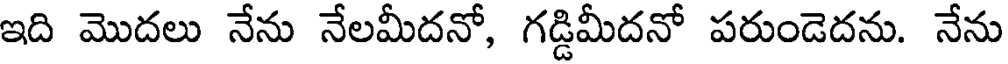
ఇది మొదలు నేను నేలమీదనో, గడ్డిమీదనో పరుండెదను. నేను